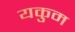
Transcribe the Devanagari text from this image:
यकुम